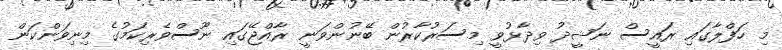
މި ހަފްލާގައި ރައީސް ނަޝީދު ވިދާޅުވީ މިސަރުކާރުން ބޭނުންވަނީ ރާއްޖޭގައި ނޫސްވެރިކަމުގެ މިނިވަންކަން